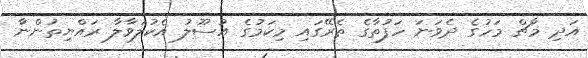
އަދި މާޗް މަހުގެ ދެވަނަ ހަފުތާގެ ތެރޭގައި މިކަމުގެ އުސޫލު އެކުލަވާލާ ރައްޔިތުންނާ